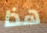
هذا